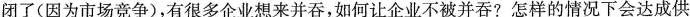
闭了(因为市场竞争)，有很多企业想来并吞，如何让企业不被并吞?怎样的情况下会达成供